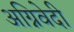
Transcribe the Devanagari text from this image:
अग्निवेदी